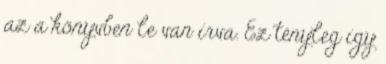
az a könyvben le van írva. Ez tényleg így